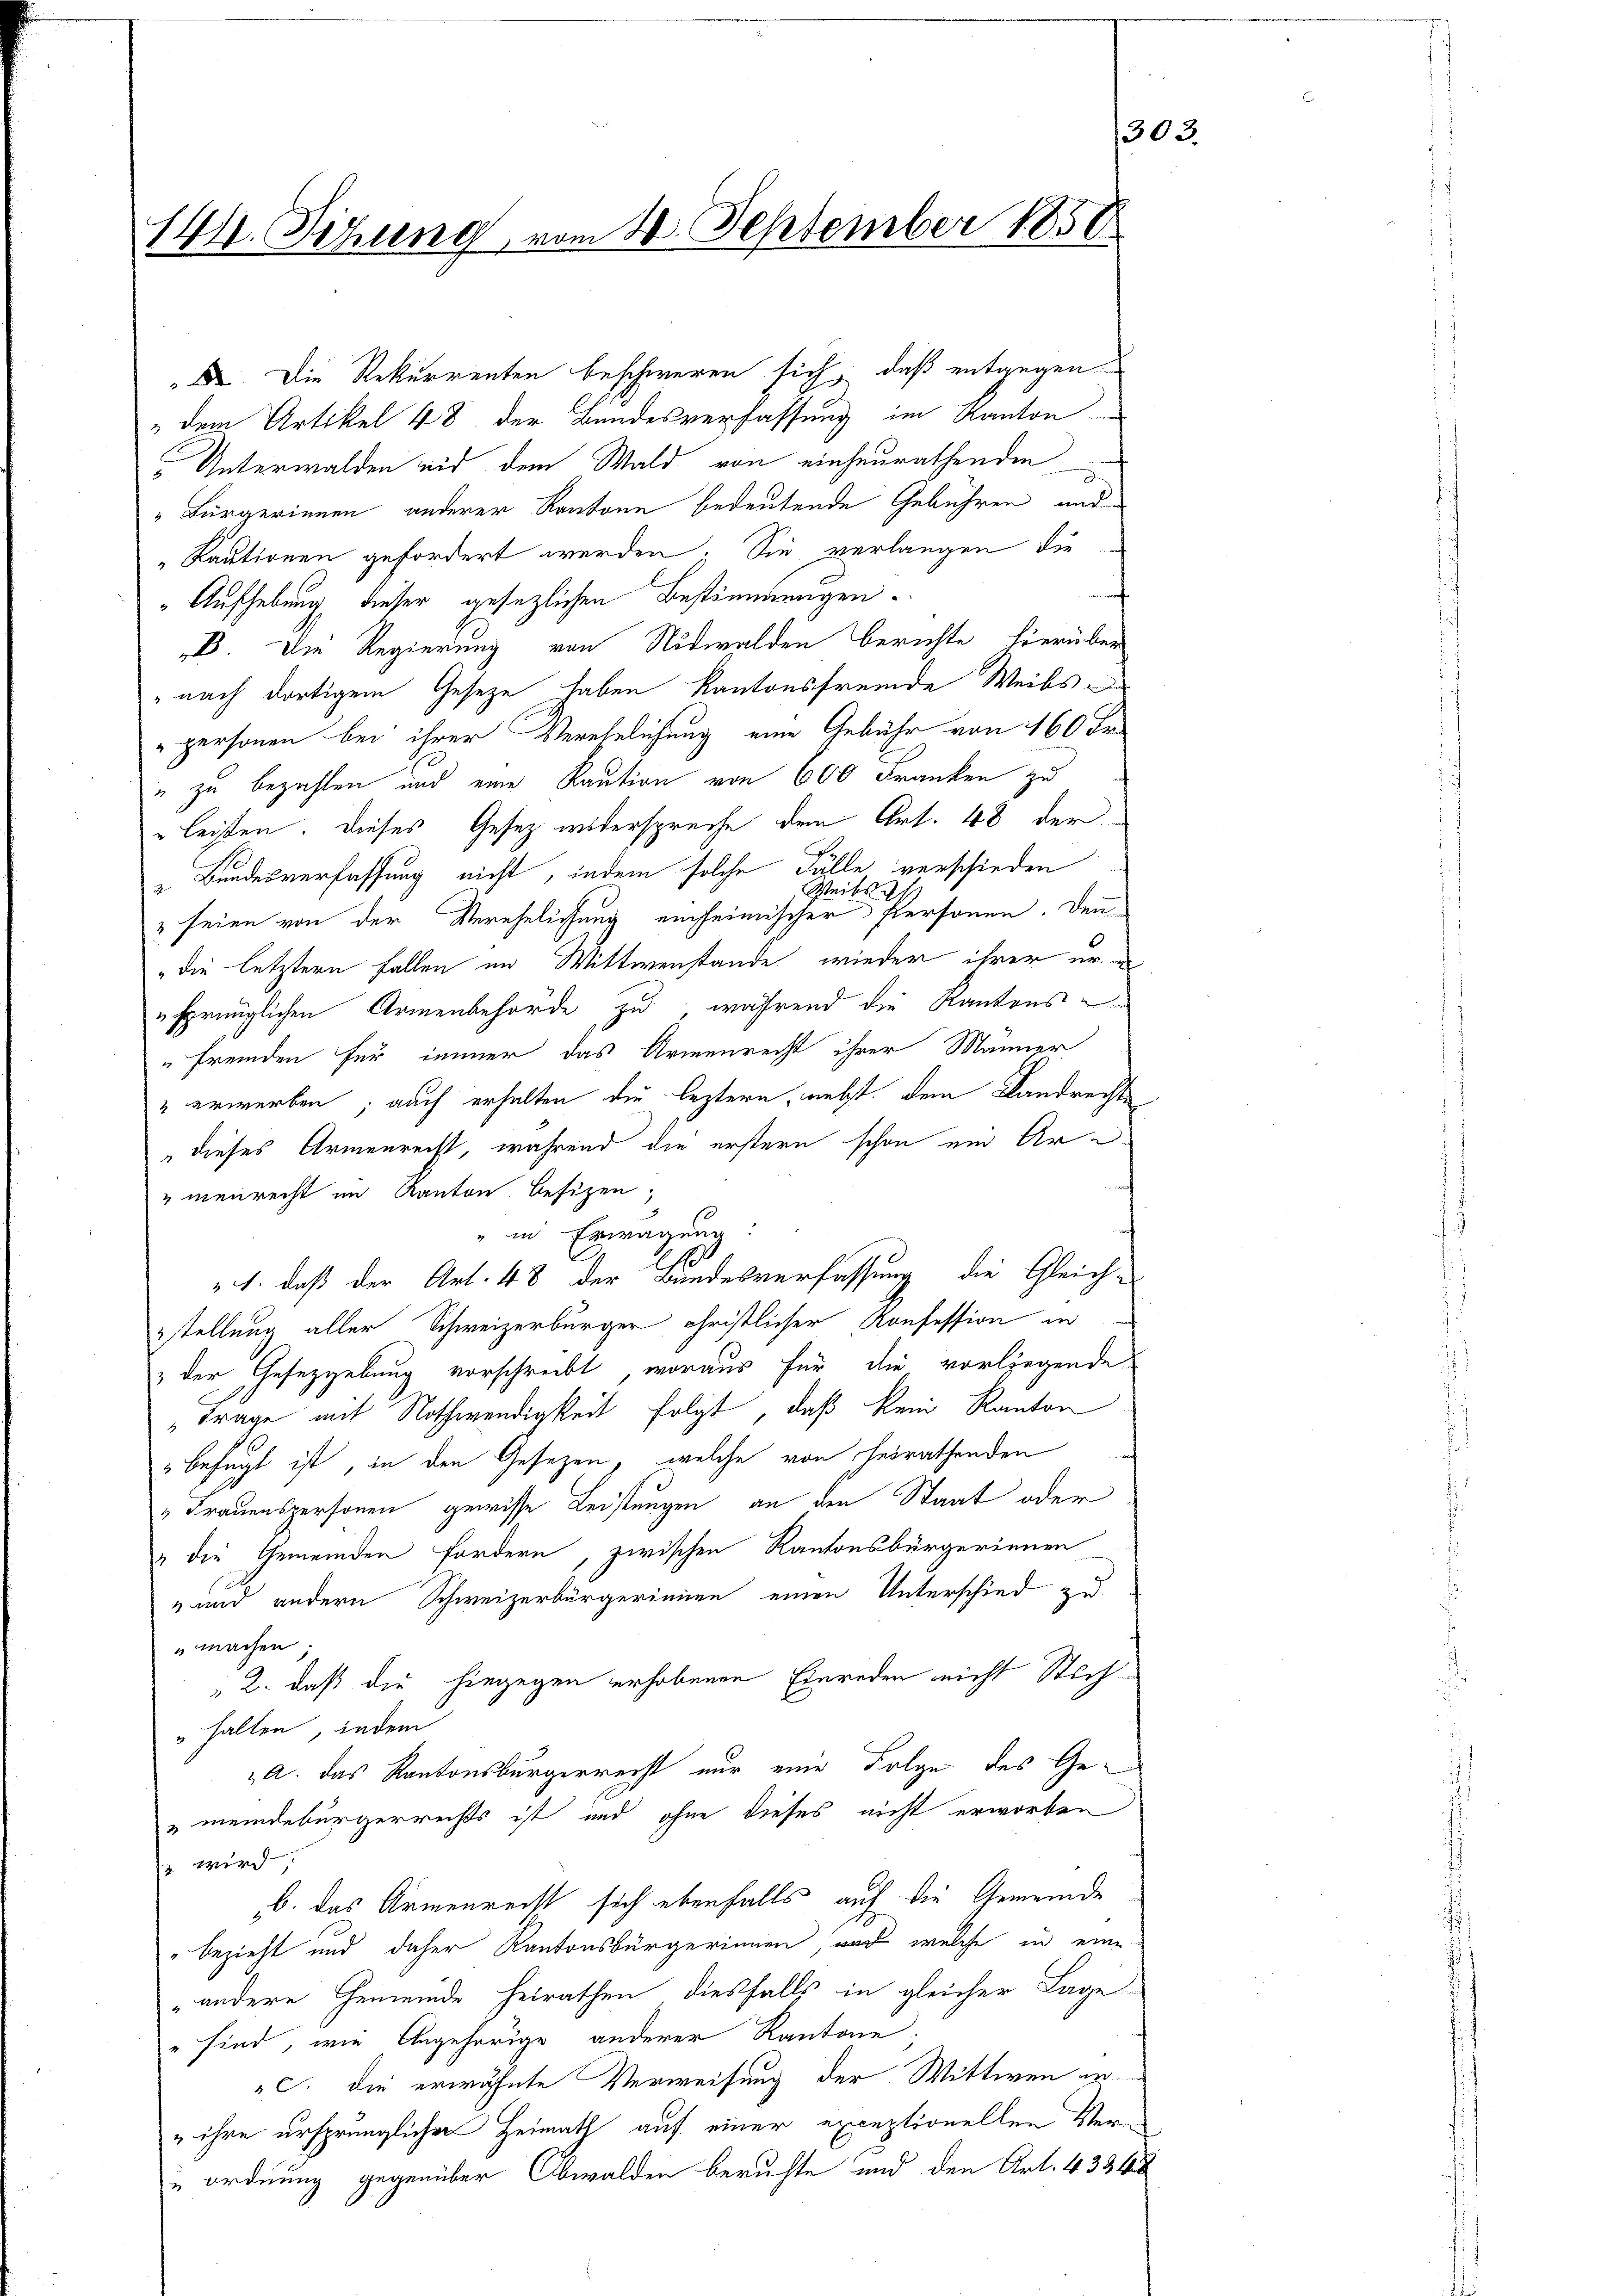
144. Sizung, vom 20. September 1858.

X. Die Rekurrenten beschweren sich, daß entgegen
" dem Artikel 48 der Bundesverfassung im Kanton
Unterwalden eid dem Wald von einheurathenden
„Bürgerinnen anderer Kantone bedeutende Gebühren und
„Kautionen gefordert werden. Sie verlangen die
"Aufhebung, dieser gesezlichen Bestimmungen.
B. Die Regierung von Nidwalden Berichte hierüber
nach dortigem Gesetze haben kantonsfremde Weibs
personen bei ihrer Verehelichung eine Gebühr von 160 Fr.
" zu bezahlen und eine Kaution von 600 Franken zu
leisten. Dieses Gesez widerspreche den Art. 48 der
 Bundesverfassung nicht, indem solche Fälle verschieden
Weiter
 seien von der Verehelichung einheimischer Personen. Denn
„die letztern Fallen im Wittwenstande, wieder ihrer ersprünglichen Armenbehörde zu, während die Kantons-
fremden für immer das Armenrecht ihrer Männer
" erwerben; auch erhalten die leztern, nebst dem Landrechts
dieses Armenrecht, während die erstern schon ein Ar
menrecht im Kanton befizen;
" in Erwägung:
E
" 1. daß der Art. 48 der Bundesverfassung die Gleich-
stellung aller Schweizerbürger christlicher Konfession in
& der Gesetzgebung vorschreibt, woraus für die vorliegende
Frage mit Nothwendigkeit folgt, daß kein Kanton
" befugt ist, in den Gesezen, welche von heirathenden
„Frauenspersonen gewisse Leistungen an den Staat oder
" die Gemeinden fordern, zwischen Kantonsbürgerinnen
" und andern Schweizerbürgerinnen einen Unterschied zu
machen;
 2. daß die hingegen erhobenen Einreden nicht Stich¬
" halten, indem
a. das Kantonsbürgerrecht nur eine Folge des Ge¬
"meindebürgerrechts ist und ohne dieses nicht erworben
z wird
b. das Armenrecht sich ebenfalls auf die Gemeinde
"bezieht und daher Kantonsbürgerinnen, nach welche in eine
„andere Gemeinde heirathen, diesfalls in gleicher Lage
 sind, wie Angehörige anderer Kantone;
C. die erwähnte Verweisung der Wittwen er¬
„ ihre ursprünglicher Heimath auf einer exceptionellen Veruordnung gegenüber Obwalden beruhte und den Art. 4334